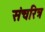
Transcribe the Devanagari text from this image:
संचरित्र